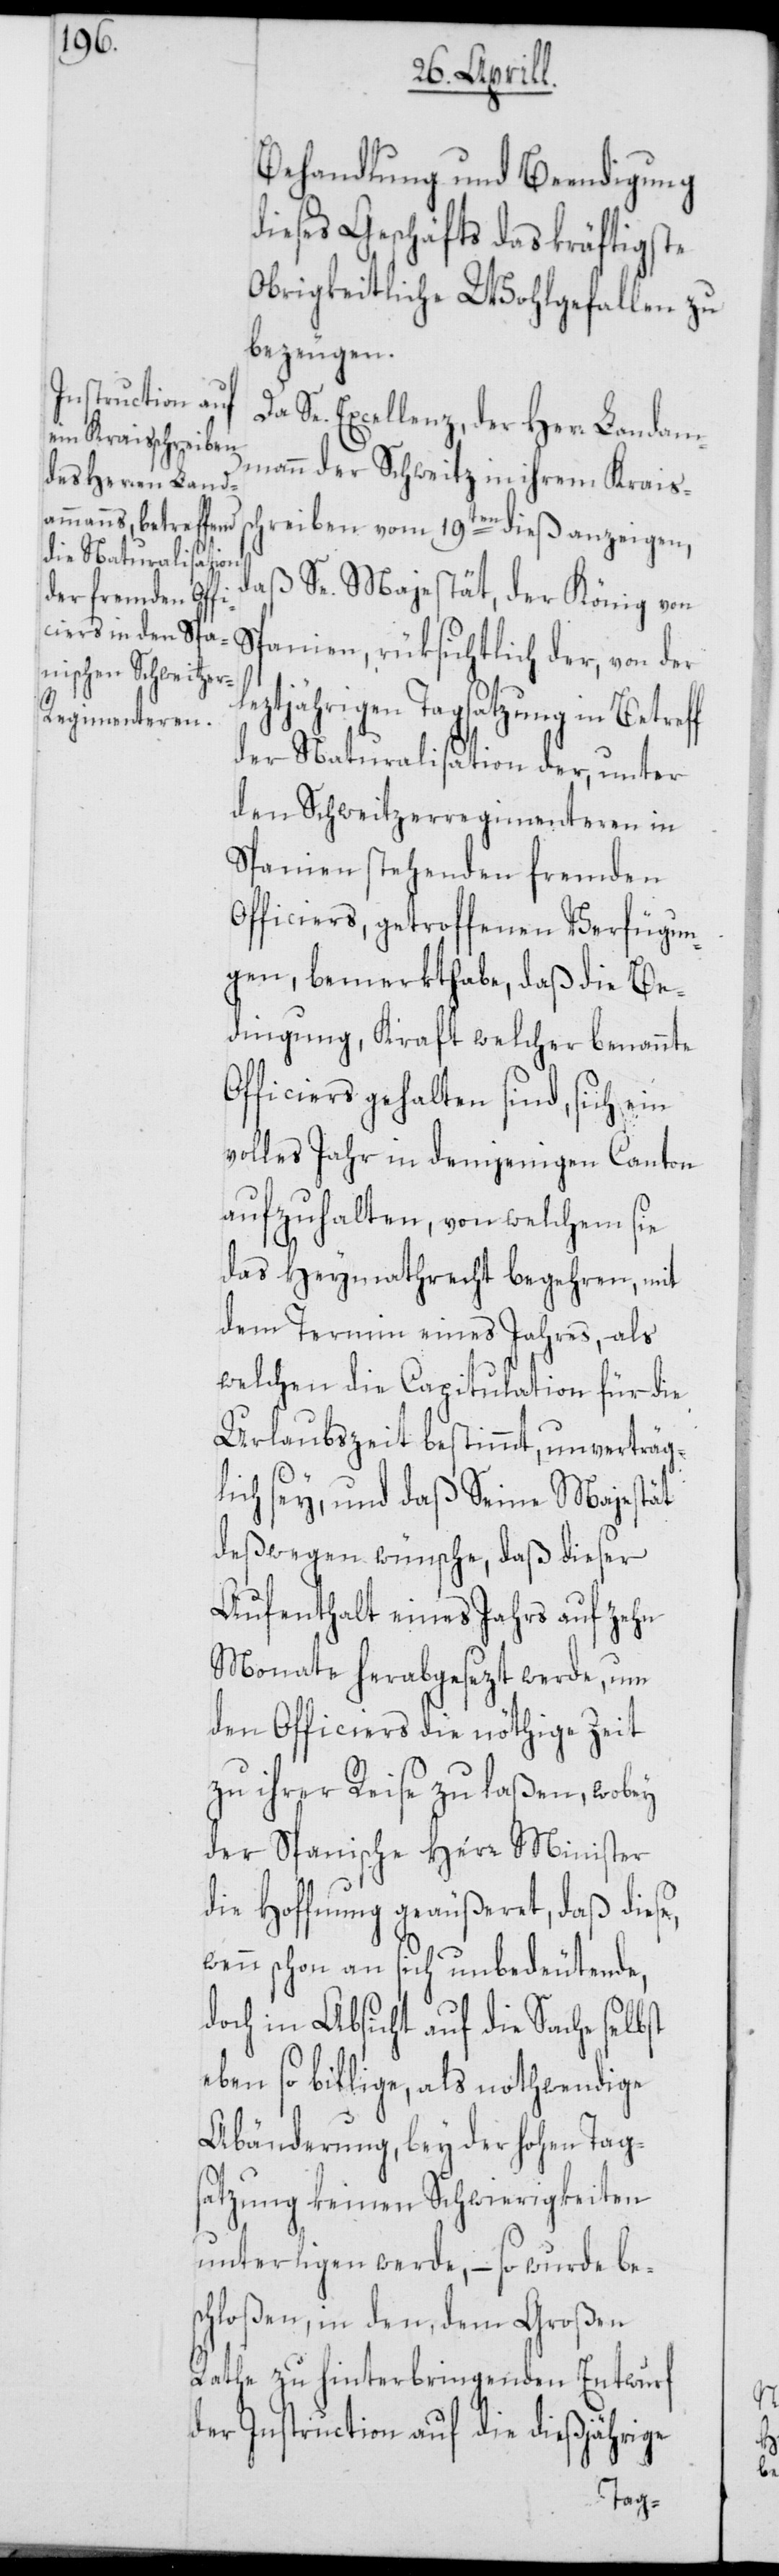
Behandlung und Beendigung
dieses Geschäfts das kräftigste
Obrigkeitliche Wohlgefallen zu
bezeugen.
Se. Excellenz, der Herr Landam¬
mann der Schweitz in ihrem Kraiss¬
chreiben vom 19ten dieß anzeigen,
daß Se. Majestät, der König von
Spanien, rüksichtlich der, von der
tjährigen Tagsatzung in
der Naturalisation der, unter
den Schweitzerregimenteren in
Spanien stehenden fremden
Officiers, getroffenen Verfügun¬
gen, bemerkt habe, daß die Be¬
dingung, Kraft welcher benannte
Officiers gehalten sind, sich ein
volles Jahr in demjenigen Canton
aufzuhalten, von welchem sie
das Heymathrecht begehren, mit
dem Termin eines Jahres, als
welchen die Capitulation für die
Urlaubszeit bestimmt, unverträg¬
lich sey, und daß Seine Majestät
deßwegen wünsche, daß dieser
Aufenthalt eines Jahrs auf zehn
Monate herabgesezt werde, um
den Officiers die nöthige Zeit
zu ihrer Reise zu laßen, wobey
der Spanische Herr Minister
die Hoffnung geäußeret, daß diese,
wenn schon an sich unbedeutende,
doch in Absicht auf die Sache selbst
eben so billige, als nothwendige
Abänderung, bey der hohen Tag¬
satzung keinen Schwierigkeiten
unterligen werde, – so wurde bes¬
chloßen, in den, dem Großen
Rathe zu hinterbringenden Entwurf
der Instruction auf die dießjährige
lez¬